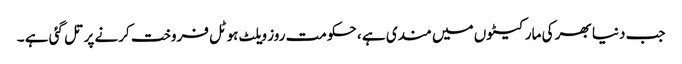
جب دنیا بھر کی مارکیٹوں میں مندی ہے ، حکومت روز ویلٹ ہوٹل فروخت کرنے پر تل گئی ہے ۔